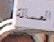
العمالة